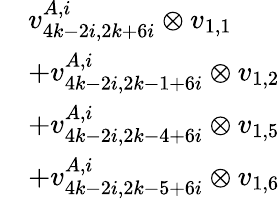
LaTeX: \begin{array}{rl}&{v_{4k-2i,2k+6i}^{A,i}\otimes v_{1,1}}\\ &{+v_{4k-2i,2k-1+6i}^{A,i}\otimes v_{1,2}}\\ &{+v_{4k-2i,2k-4+6i}^{A,i}\otimes v_{1,5}}\\ &{+v_{4k-2i,2k-5+6i}^{A,i}\otimes v_{1,6}}\end{array}